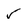
Character: 5